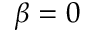
\beta = 0